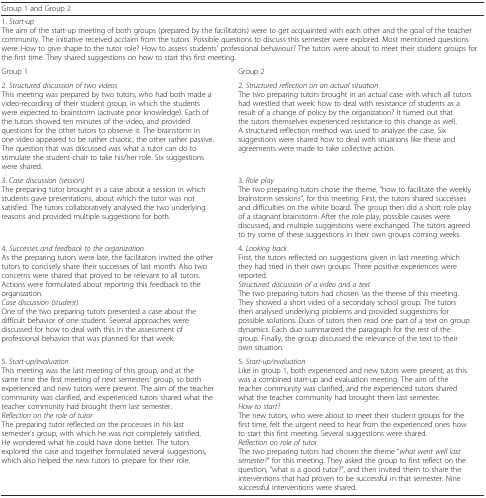
<table><thead><tr><td colspan="2"><b>Group 1 and Group 2</b></td></tr></thead><tbody><tr><td colspan="2">1. <i>Start-up</i>The aim of the start-up meeting of both groups (prepared by the facilitators) were to get acquainted with each other and the goal of the teacher community. The initiative received acclaim from the tutors. Possible questions to discuss this semester were explored. Most mentioned questions were: How to give shape to the tutor role? How to assess students’ professional behaviour? The tutors were about to meet their student groups for the first time. They shared suggestions on how to start this first meeting.</td></tr><tr><td>Group 1</td><td>Group 2</td></tr><tr><td>2. <i>Structured discussion of two videos</i>This meeting was prepared by two tutors, who had both made a video-recording of their student group, in which the students were expected to brainstorm (activate prior knowledge). Each of the tutors showed ten minutes of the video, and provided questions for the other tutors to observe it. The brainstorm in one video appeared to be rather chaotic, the other rather passive. The question that was discussed was what a tutor can do to stimulate the student-chair to take his/her role. Six suggestions were shared.</td><td>2. <i>Structured reflection on an actual situation</i>The two preparing tutors brought in an actual case with which all tutors had wrestled that week: how to deal with resistance of students as a result of a change of policy by the organization? It turned out that the tutors themselves experienced resistance to this change as well. A structured reflection method was used to analyze the case. Six suggestions were shared how to deal with situations like these and agreements were made to take collective action.</td></tr><tr><td>3. <i>Case discussion (session)</i>The preparing tutor brought in a case about a session in which students gave presentations, about which the tutor was not satisfied. The tutors collaboratively analysed the two underlying reasons and provided multiple suggestions for both.</td><td>3. <i>Role play</i>The two preparing tutors chose the theme, “how to facilitate the weekly brainstorm sessions”, for this meeting. First, the tutors shared successes and difficulties on the white board. The group then did a short role play of a stagnant brainstorm. After the role play, possible causes were discussed, and multiple suggestions were exchanged. The tutors agreed to try some of these suggestions in their own groups coming weeks.</td></tr><tr><td>4. <i>Successes and feedback to the organization</i>As the preparing tutors were late, the facilitators invited the other tutors to concisely share their successes of last month. Also two concerns were shared that proved to be relevant to all tutors. Actions were formulated about reporting this feedback to the organization.<i>Case discussion (student)</i>One of the two preparing tutors presented a case about the difficult behavior of one student. Several approaches were discussed for how to deal with this in the assessment of professional behavior that was planned for that week.</td><td>4. <i>Looking back</i>First, the tutors reflected on suggestions given in last meeting which they had tried in their own groups. Three positive experiences were reported.<i>Structured discussion of a video and a text</i>The two preparing tutors had chosen <i>\</i>as the theme of this meeting. They showed a short video of a secondary school group. The tutors then analysed underlying problems and provided suggestions for possible solutions. Duos of tutors then read one part of a text on group dynamics. Each duo summarized the paragraph for the rest of the group. Finally, the group discussed the relevance of the text to their own situation.</td></tr><tr><td>5. <i>Start-up/evaluation</i>This meeting was the last meeting of this group, and at the same time the first meeting of next semesters’ group, so both experienced and new tutors were present. The aim of the teacher community was clarified, and experienced tutors shared what the teacher community had brought them last semester.<i>Reflection on the role of tutor</i>The preparing tutor reflected on the processes in his last semester’s group, with which he was not completely satisfied. He wondered what he could have done better. The tutors explored the case and together formulated several suggestions, which also helped the new tutors to prepare for their role.</td><td>5. <i>Start-up/evaluation</i>Like in group 1, both experienced and new tutors were present, as this was a combined start-up and evaluation meeting. The aim of the teacher community was clarified, and the experienced tutors shared what the teacher community had brought them last semester.<i>How to start?</i>The new tutors, who were about to meet their student groups for the first time, felt the urgent need to hear from the experienced ones how to start this first meeting. Several suggestions were shared.<i>Reflection on role of tutor</i>The two preparing tutors had chosen the theme “<i>what went well last semester?</i>” for this meeting. They asked the group to first reflect on the question, “what is a good tutor?”, and then invited them to share the interventions that had proven to be successful in that semester. Nine successful interventions were shared.</td></tr></tbody></table>